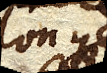
longe